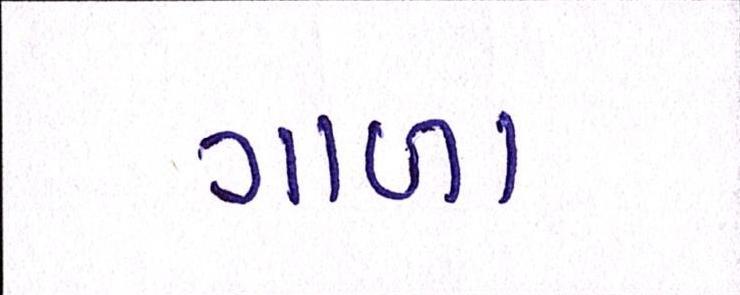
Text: ગાળા